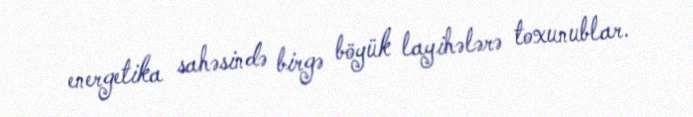
energetika sahəsində birgə böyük layihələrə toxunublar.